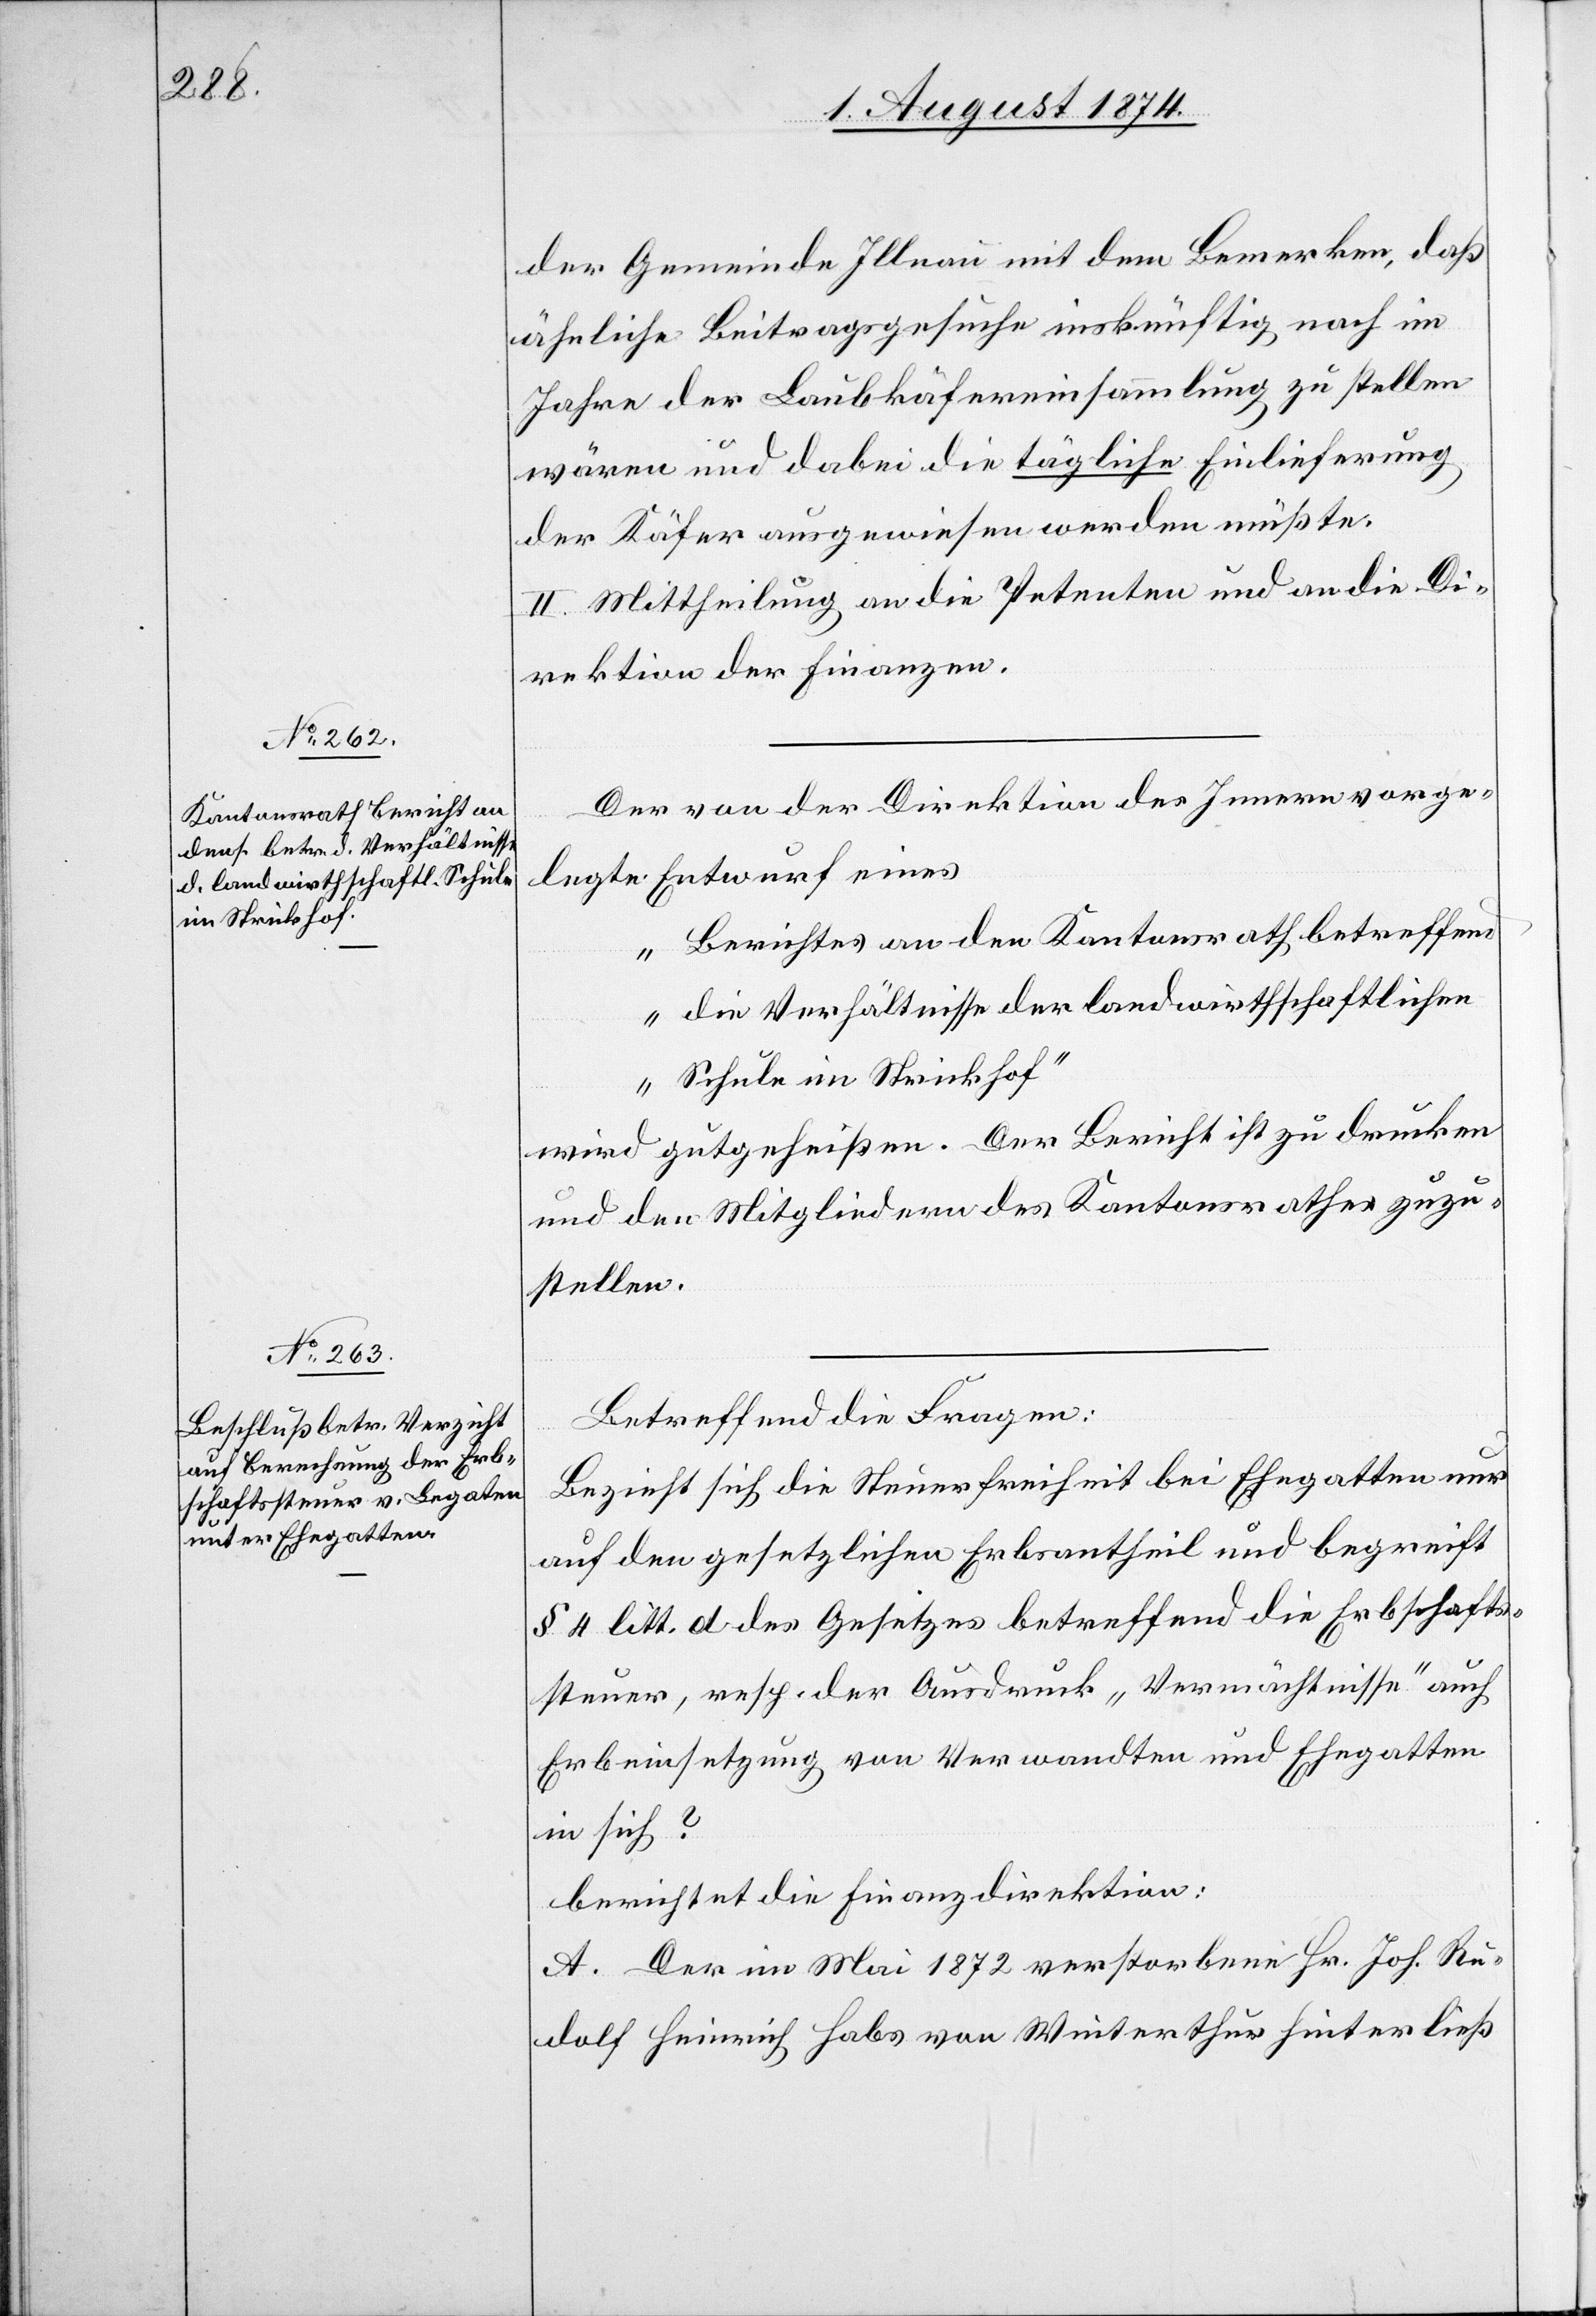
der Gemeinde Illnau mit dem Bemerken, daß
ähnliche Beitragsgesuche inskünftig noch im
Jahre der Laubkäfereinsammlung zu stellen
wären und dabei die tägliche Einlieferung
der Käfer ausgewiesen werden müßte.
II. Mittheilung an die Petenten und an die Di¬
rektion der Finanzen.
Der von der Direktion des Innern vorge¬
legte Entwurf eines
„Berichtes an den Kantonsrath betreffend
die Verhältnisse der landwirthschaftlichen
Schule in Strickhof“
wird gutgeheißen. Der Bericht ist zu drucken
und den Mitgliedern des Kantonsrathes zuzu¬
stellen.